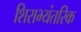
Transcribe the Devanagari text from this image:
शिराभ्यंतरिक